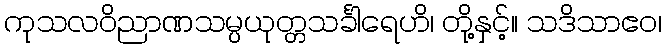
ကုသလဝိညာဏသမ္ပယုတ္တသင်္ခါရေဟိ၊ တို့နှင့်။ သဒိသာဧဝ၊